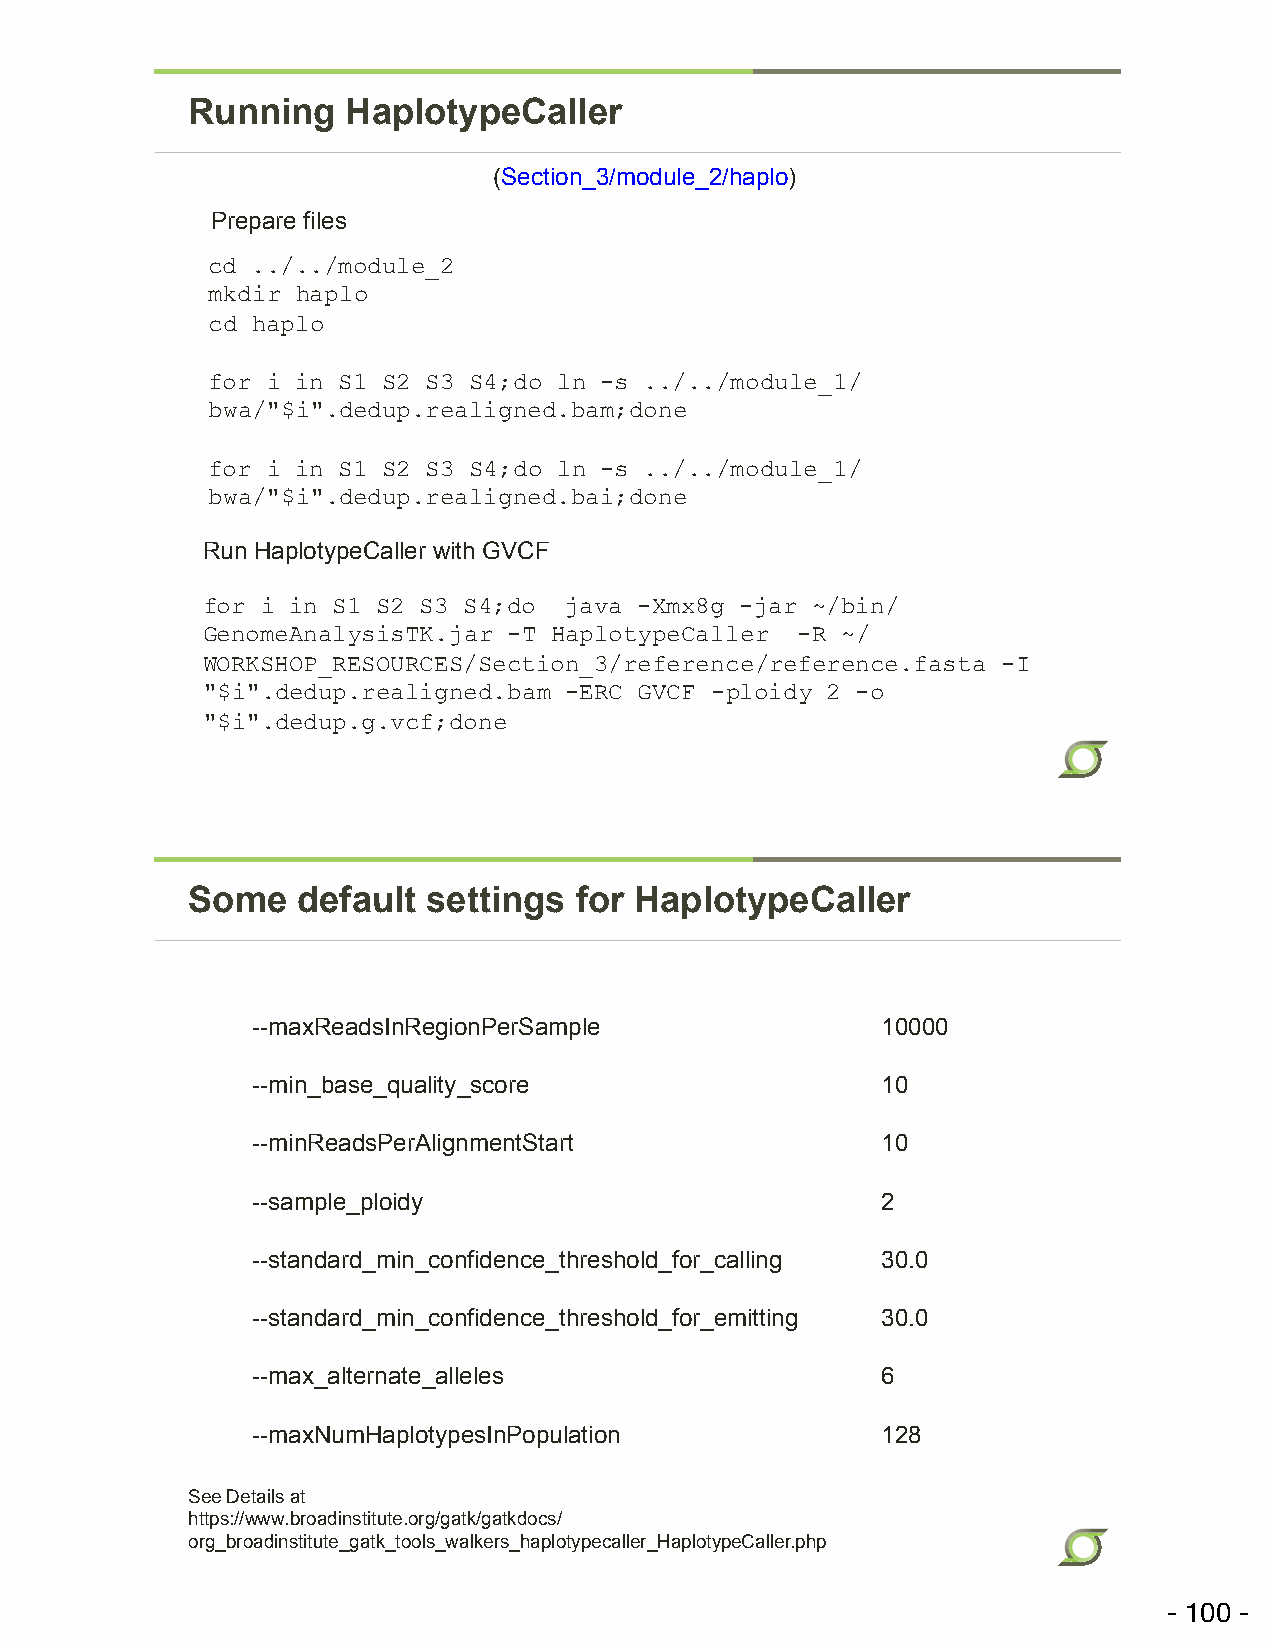
Running    HaplotypeCaller
 (Section_3/module_2/haplo)
 Prepare files
 cd ../../module_2
 mkdir haplo
 cd haplo
 for i in S1 S2 S3 S4;do ln -s ../../module_1/
 bwa/"$i".dedup.realigned.bam;done
 for i in S1 S2 S3 S4;do ln -s ../../module_1/
 bwa/"$i".dedup.realigned.bai;done
 Run HaplotypeCaller with GVCF
 for i in S1 S2 S3 S4;do java -Xmx8g -jar ~/bin/
 GenomeAnalysisTK.jar -T HaplotypeCaller -R ~/
 WORKSHOP_RESOURCES/Section_3/reference/reference.fasta -I
 "$i".dedup.realigned.bam -ERC GVCF -ploidy 2 -o
 "$i".dedup.g.vcf;done
 Some    default settings  for HaplotypeCaller
 --maxReadsInRegionPerSample              10000
 --min_base_quality_score                 10
 --minReadsPerAlignmentStart              10
 --sample_ploidy                          2
 --standard_min_confidence_threshold_for_calling 30.0
 --standard_min_confidence_threshold_for_emitting 30.0
 --max_alternate_alleles                  6
 --maxNumHaplotypesInPopulation           128
 See Details at
 https://www.broadinstitute.org/gatk/gatkdocs/
 org_broadinstitute_gatk_tools_walkers_haplotypecaller_HaplotypeCaller.php